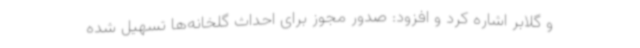
و گلابر اشاره کرد و افزود: صدور مجوز برای احداث گلخانه‌ها تسهیل شده